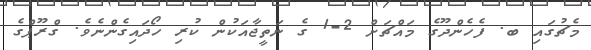
މެޗުގައި ބ. ފެހެންދޫގެ މައްޗަށް 2-1 ގެ ނަތީޖާއަކުން ކުރި ހޯދައިގެންނެވެ. ގްރޫޕްގެ